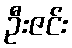
ဦးဇင်း